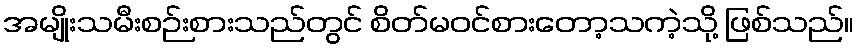
အမျိုးသမီးစဉ်းစားသည်တွင် စိတ်မဝင်စားတော့သကဲ့သို့ ဖြစ်သည်။